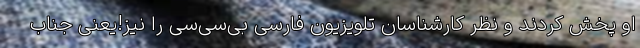
او پخش کردند و نظر کارشناسان تلویزیون فارسی بی‌سی‌سی را نیز!یعنی جناب